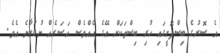
އެ ސޮރުގެ ބިސްފޮށީގައި ހުރި ބިސްތަކަށް އޭގެ އެއްވެސް އަސަރެއް ނުކުރާނެ އެވެ.